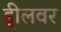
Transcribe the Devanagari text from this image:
ड्रीलवर